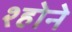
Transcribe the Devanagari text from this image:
श्होने